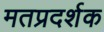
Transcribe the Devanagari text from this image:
मतप्रदर्शक